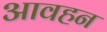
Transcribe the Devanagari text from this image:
आवहन